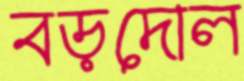
বড়দোল